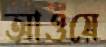
আওয়ে